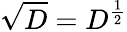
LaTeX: {\sqrt{D}}=D^{\frac{1}{2}}